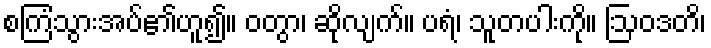
စကြံသွားအပ်၏ဟူ၍။ ဝတွာ၊ ဆိုလျက်။ ပရံ၊ သူတပါးကို။ ဩဝဒတိ၊